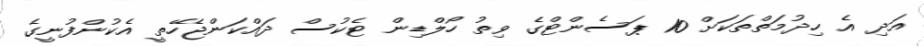
އަދި އެ ހިދުމަތްތަކަށް 10 ޕަސެންޓްގެ ވިތު ހޯލްޑިން ޓެކުސް ދައްކަންޖެހޭތީ އެކުންފުނީގެ